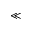
\ll